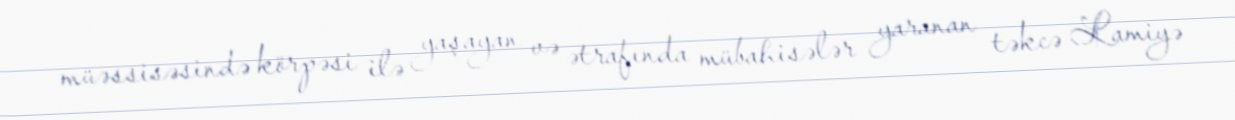
müəssisəsində körpəsi ilə yaşayan və ətrafında mübahisələr yaranan təkcə Lamiyə